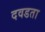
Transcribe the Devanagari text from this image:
दवडता